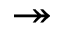
\twoheadrightarrow